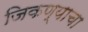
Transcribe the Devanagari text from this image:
जिकण्याचा